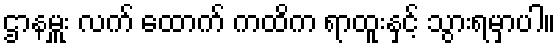
ဌာနမှူး လက် ထောက် ကထိက ရာထူးနှင့် သွားရမှာပါ။